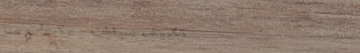
تكييف سيارات و مكيفات منز